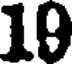
10